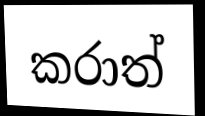
කරාත්